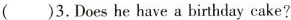
( )3.Does he have a birthday cake?